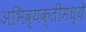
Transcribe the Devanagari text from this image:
अभिव्यक्तीमध्ये